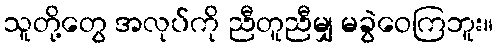
သူတို့တွေ အလုပ်ကို ညီတူညီမျှ မခွဲဝေကြဘူး။